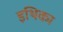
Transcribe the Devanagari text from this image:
इथिका